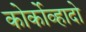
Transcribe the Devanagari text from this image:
कोर्कोव्हादो